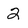
Character: 2